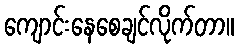
ကျောင်းနေစေချင်လိုက်တာ။